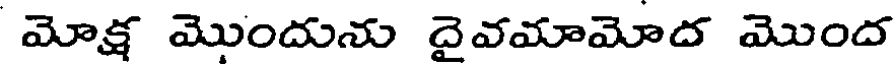
మోక్ష మొందును దైవమామోద మొంద